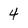
Character: 4